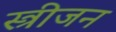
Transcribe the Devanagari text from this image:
स्त्रीजन